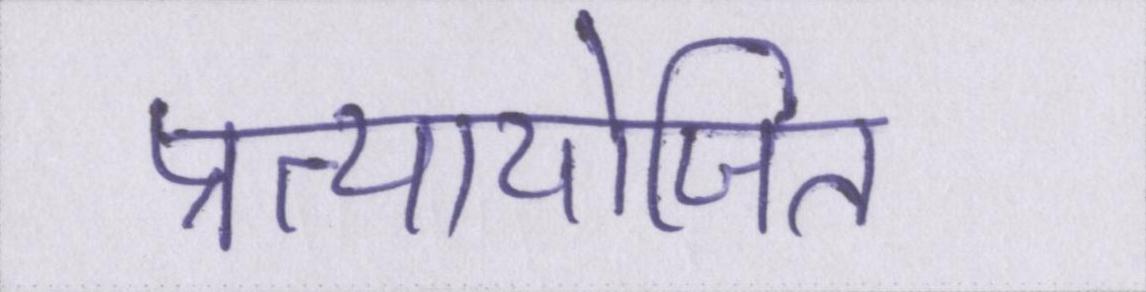
प्रत्यायोजित